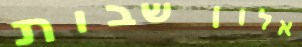
אלון שבות